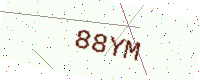
Text: 88YM